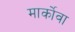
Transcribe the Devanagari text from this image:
मार्कोवा